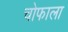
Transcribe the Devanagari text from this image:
चोफाला